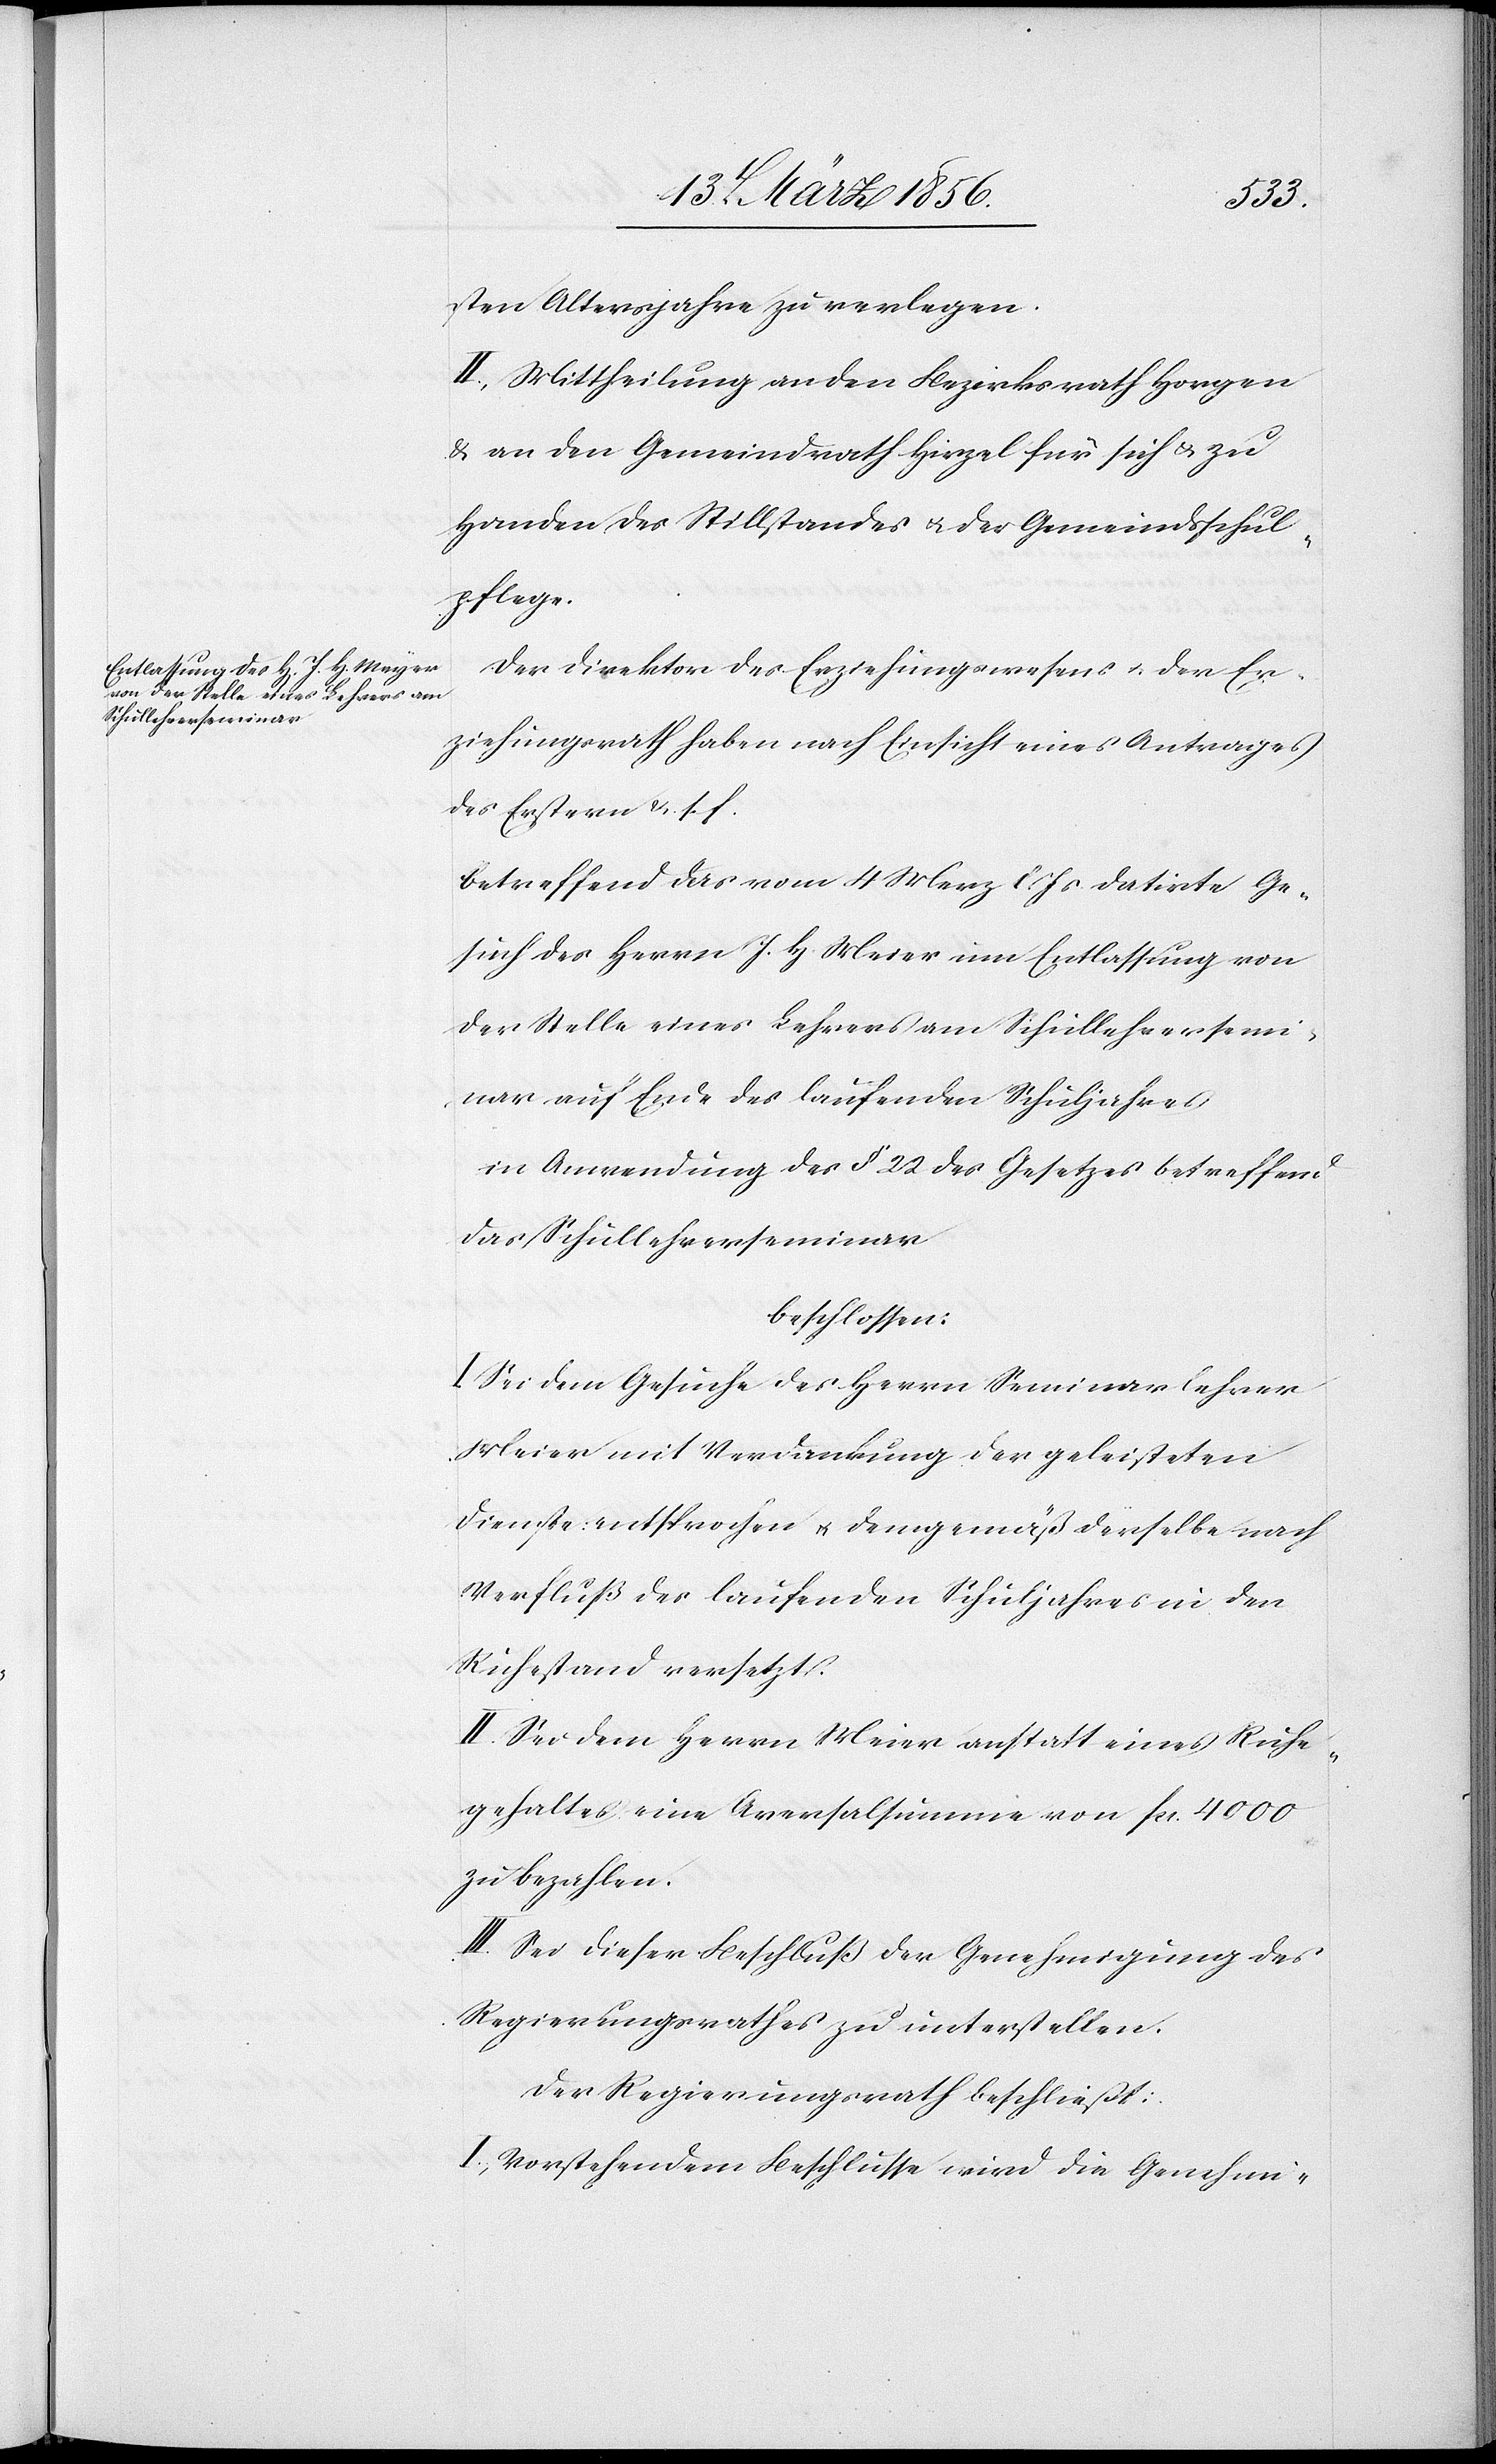
sten Altersjahre zu verlegen.
II. Mittheilung an den Bezirksrath Horgen
& an den Gemeindrath Hirzel für sich & zu
Handen des Stillstandes u. der Gemeindsschul¬
pflege.
Der Direktor des Erziehungswesens u. der Er¬
ziehungsrath haben nach Einsicht eines Antrages
des Erstern &. s. f.
betreffend das vom 4 März l. Js datirte Ge¬
such des Herrn J. H Meier [sic!] um Entlassung von
der Stelle eines Lehrers am Schullehrersemi¬
nar auf Ende des laufenden Schuljahres
in Anwendung des § 22 des Gesetzes betreffend
das Schullehrerseminar
beschlossen:
I. Sei dem Gesuche des Herrn Seminarlehrer
Meier mit Verdankung der geleisteten
Dienste: entsprochen u. demgemäß derselbe nach
Verfluß des laufenden Schuljahres in den
Ruhestand versetzt.
II. Sei dem Herrn Meier anstatt eines Ruhe¬
gehaltes eine Aversalsumme von fcs. 4000
zu bezahlen.
III. Sei dieser Beschluß der Genehmigung des
Regierungsrathes zu unterstellen.
Der Regierungsrath beschließt:
I., Vorstehendem Beschlusse wird die Genehmi-